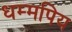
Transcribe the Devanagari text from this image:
धम्मपिय